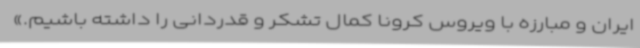
ایران و مبارزه با ویروس کرونا کمال تشکر و قدردانی را داشته باشیم.»